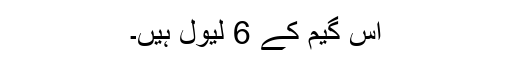
اس گیم کے 6 لیول ہیں۔